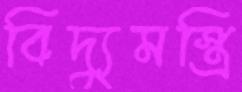
বিদ্যুমস্ত্রি